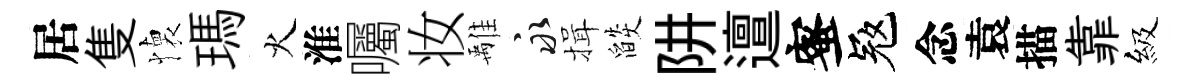
居隻懐瑪火淮囑妆𩀌永揖燄阱邅蜜冦念袁描靠級